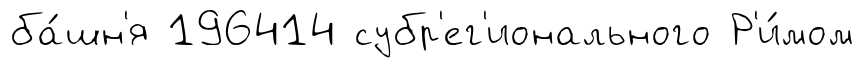
ба́шн'я 196414 субр'ег'ионального Р'и́мом